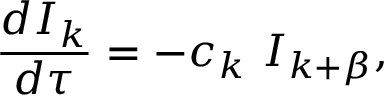
{ \frac { d I _ { k } } { d \tau } } = - c _ { k } ~ I _ { k + \beta } ,